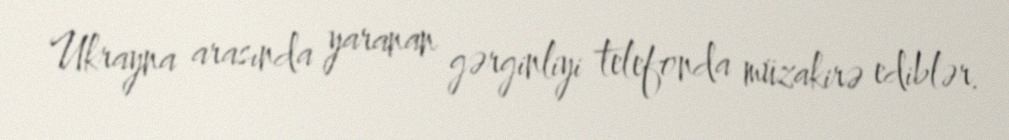
Ukrayna arasında yaranan gərginliyi telefonda müzakirə ediblər.